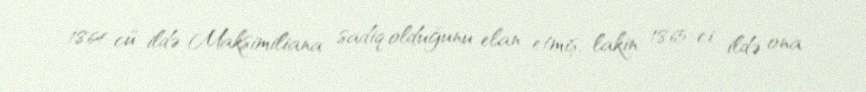
1864-cü ildə Maksimiliana sadiq olduğunu elan etmiş, lakin 1865-ci ildə ona